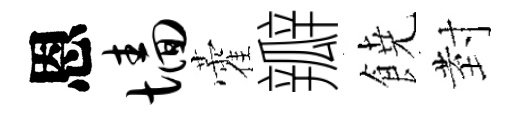
恩墙藿瓣𩜙𭔹